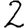
Digit: 2